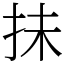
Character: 抺